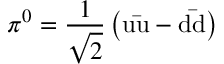
\pi ^ { 0 } = { \frac { 1 } { \sqrt { 2 } } } \left( \mathrm { u { \bar { u } } - d { \bar { d } } } \right)